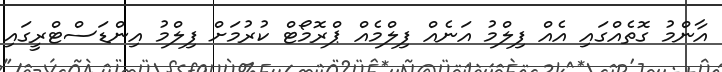
އާންމު ގޮތެއްގައި އެއް ފިލްމު އަނެއް ފިލްމެއް ޕްރޮމޯޓް ކުރުމަށް ފިލްމު އިންޑަސްޓްރީގައި